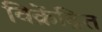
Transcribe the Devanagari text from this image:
विक्रेंद्रित